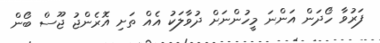
ފަރުވާ ހޯދަން އަންނަ މީހުންނަށް ދުވާލަކު އެއް ތަށި އޮރެންޖު ޖޫސް ބޯން